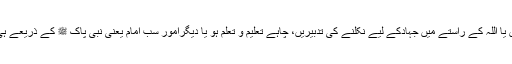
چاہے معاشرتی مسائل ہوں یا اللہ کے راستے میں جہادکے لیے نکلنے کی تدبیریں، چاہے تعلیم و تعلم ہو یا دیگرامور سب امام یعنی نبی پاک ﷺ کے ذریعے ہی لوگوں تک پہنچتے تھے۔